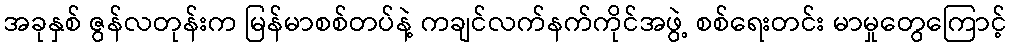
အခုနှစ် ဇွန်လတုန်းက မြန်မာစစ်တပ်နဲ့ ကချင်လက်နက်ကိုင်အဖွဲ့ စစ်ရေးတင်း မာမှုတွေကြောင့်